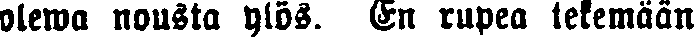
olewa nousta ylös. En rupea tekemään